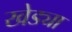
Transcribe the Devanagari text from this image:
खेड्या